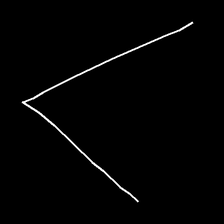
Glyph: region